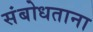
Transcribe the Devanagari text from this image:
संबोधताना